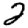
Digit: 2